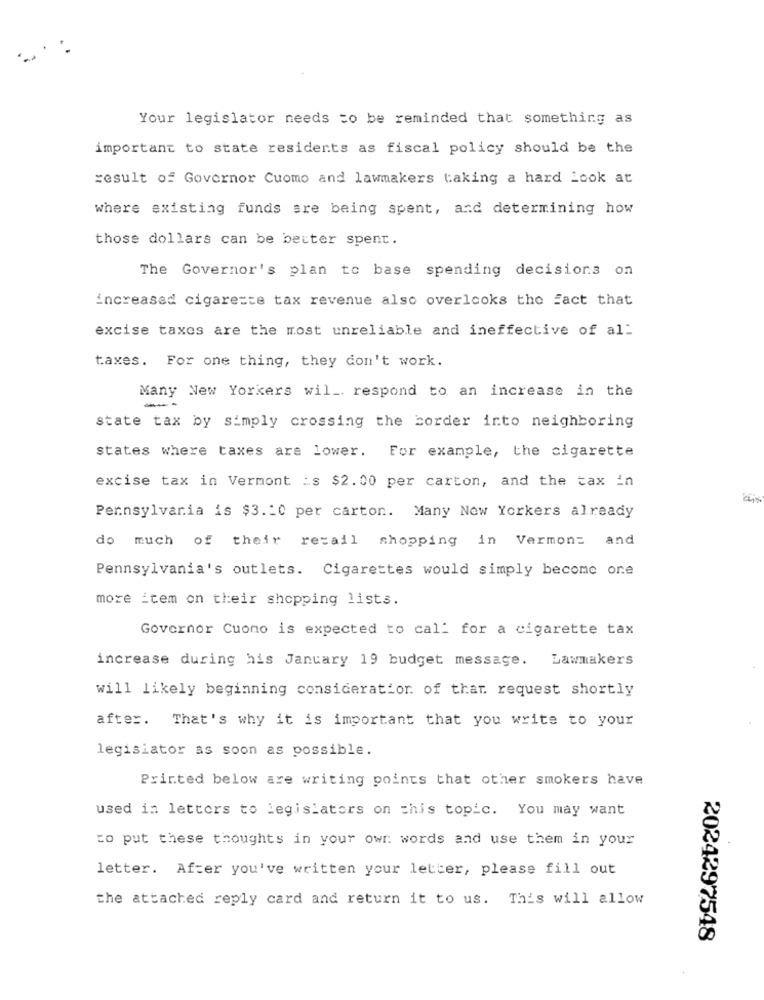
Your legislator needs to be reminded that something as
important to state residents as fiscal policy should be the
result of Governor Cuomo and lawmakers taking a hard Look at
where existing funds are being spent, and determining how
those dollars can be better spent.
The Governor's plan to base spending decisions on
increased cigarette tax revenue also overlooks the fact that
excise taxes are the most unreliable and ineffective of al:
taxes. For one thing, they don't work.
Many New Yorkers wil _. respond to an increase in the
--
state tax by simply crossing the border into neighboring
states where taxes are lower. For example, the cigarette
excise tax in Vermont :s $2.00 per carton, and the tax in
Pennsylvania is $3.10 per carton. Many New Yorkers already
do much of their retail shopping in Vermont and
Pennsylvania's outlets. Cigarettes would simply become one
more item on their shopping lists.
Governor Cuomo is expected to call for a cigarette tax
increase during his January 19 budget message. Lawmakers
will likely beginning consideration of that request shortly
after. That's why it is important that you write to your
legislator as soon as possible.
Printed below are writing points that other smokers have
used in letters to legislators on this topic. You may want
to put these thoughts in your own words and use them in your
letter. After you've written your letter, please fill out
the attached reply card and return it to us. This will allow
2024297548